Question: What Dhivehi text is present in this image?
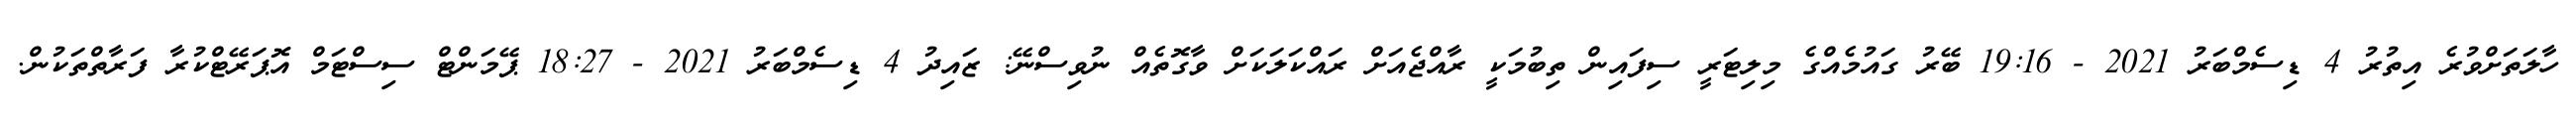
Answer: ހާލަތަށްވުރެ އިތުރު 4 ޑިސެމްބަރު 2021 - 19:16 ބޭރު ގައުމެއްގެ މިލިޓަރީ ސިފައިން ތިބުމަކީ ރާއްޖެއަށް ރައްކަލަކަށް ވާގޮތެއް ނުވިސްނޭ: ޒައިދު 4 ޑިސެމްބަރު 2021 - 18:27 ޕޭމަންޓް ސިސްޓަމް އޮޕަރޭޓްކުރާ ފަރާތްތަކުން.